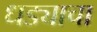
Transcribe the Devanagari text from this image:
धड्याचा